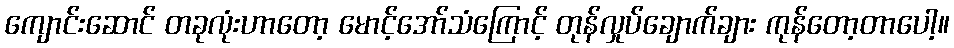
ကျောင်းဆောင် တခုလုံးဟာတော့ မောင့်အော်သံကြောင့် တုန်လှုပ်ချောက်ချား ကုန်တော့တာပေါ့။